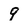
Character: 9